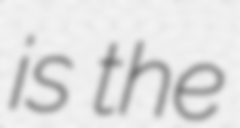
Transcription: is the